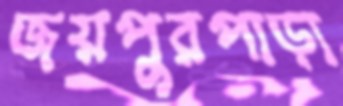
জয়পুরপাড়া